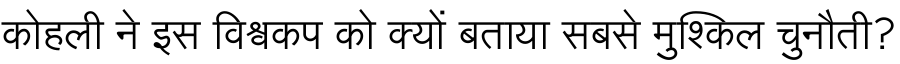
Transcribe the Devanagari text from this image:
कोहली ने इस विश्वकप को क्यों बताया सबसे मुश्किल चुनौती?